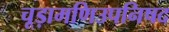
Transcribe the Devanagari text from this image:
चूड़ामणिउपनिषद